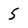
Character: 5